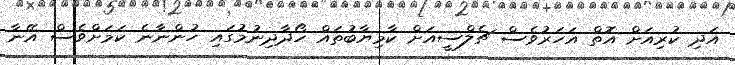
އަދި ކުރިއަށް އޮތް އަހަރުވެސް ޗެލްސީއަށް ކާމިޔާބުތައް ހޯދާދިނުމުގައި ހުންނާނެ ކަމަށްވެސް އޭނާ